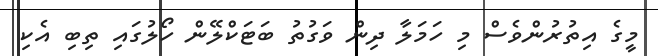
މީގެ އިތުރުންވެސް މި ހަމަލާ ދިން ވަގުތު ބަޓަކްލޭން ހޯލުގައި ތިބި އެކި